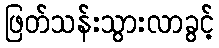
ဖြတ်သန်းသွားလာခွင့်